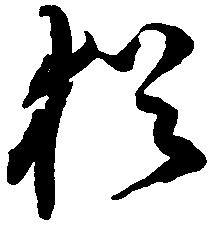
猶